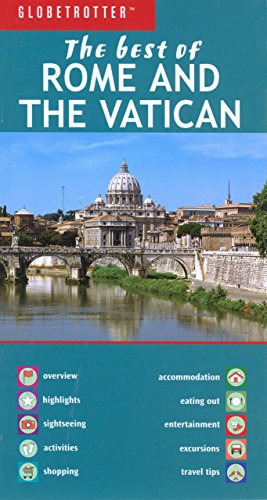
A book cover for Best of Rome and the Vatican (Globetrotter Best of Series); Fiona Nichols; Travel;